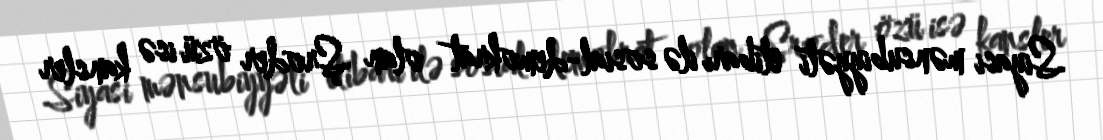
Siyasi mənsubiyyəti etibarı ilə sosial-demokrat olan Şroder özü isə kansler